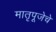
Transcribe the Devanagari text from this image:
मातृपूजेचे